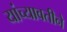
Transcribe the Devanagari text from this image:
यांच्यावतीने